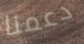
دعمنا